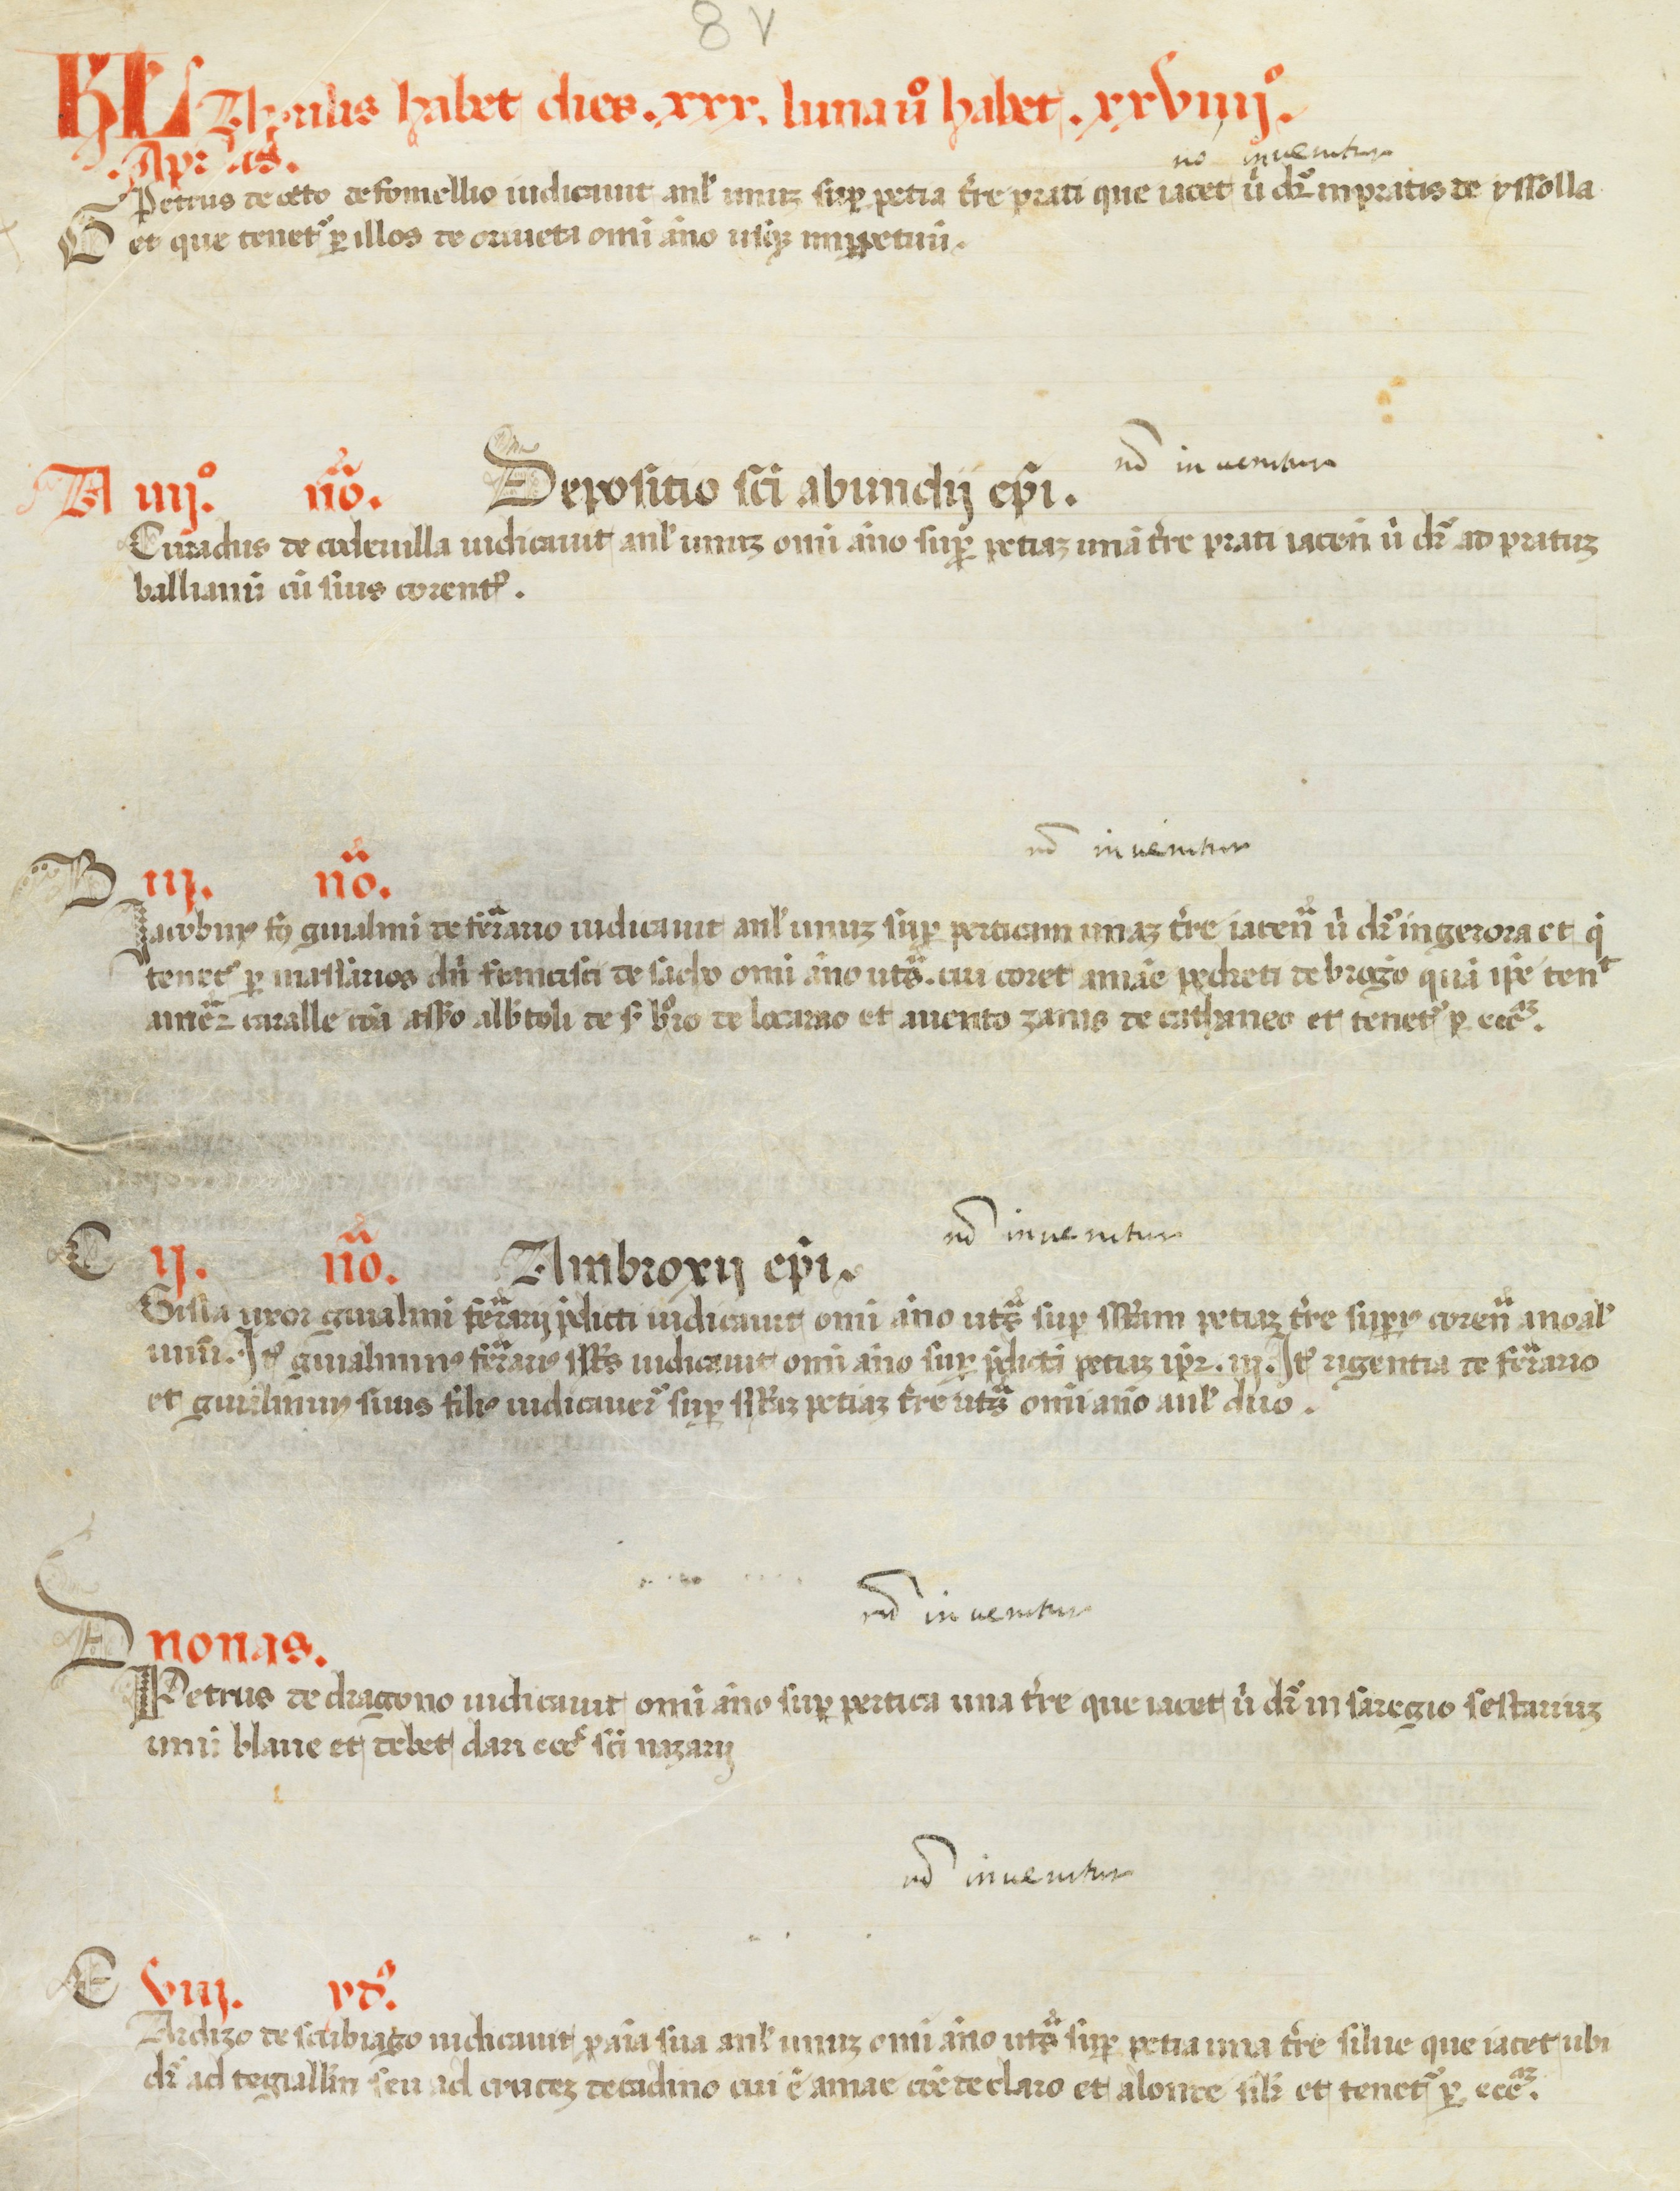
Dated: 1450–1499